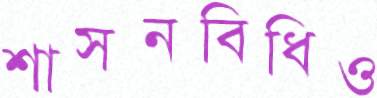
শাসনবিধিও